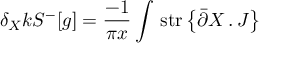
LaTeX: \delta _ { X } k { \cal S } ^ { - } [ g ] = \frac { - 1 } { \pi x } \int \, \mathrm { s t r } \left\{ \bar { \partial } X \, . \, J \right\} \, \,